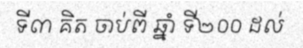
ទី៣ គិត ចាប់ពី ឆ្នាំ ទី២០០ ដល់